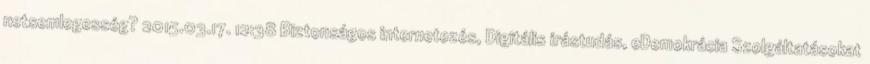
netsemlegesség? 2015.03.17. 12:38 Biztonságos internetezés, Digitális írástudás, eDemokrácia Szolgáltatásokat